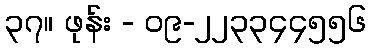
၃၇။ ဖုန်း - ၀၉-၂၂၃၃၄၄၅၅၆